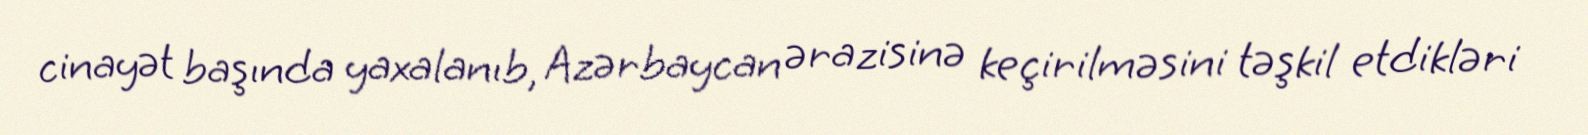
cinayət başında yaxalanıb, Azərbaycan ərazisinə keçirilməsini təşkil etdikləri